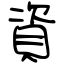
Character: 資